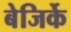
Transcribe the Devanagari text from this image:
बेजिर्के